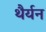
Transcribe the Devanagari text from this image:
थैर्यन